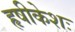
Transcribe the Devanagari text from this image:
हृषीकेशः